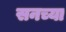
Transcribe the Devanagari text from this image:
सनच्या